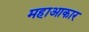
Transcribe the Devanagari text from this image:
महाआकार